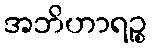
အဘိဟာရဉ္စ